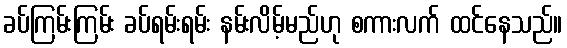
ခပ်ကြမ်းကြမ်း ခပ်ရမ်းရမ်း နမ်းလိမ့်မည်ဟု စကားလက် ထင်နေသည်။